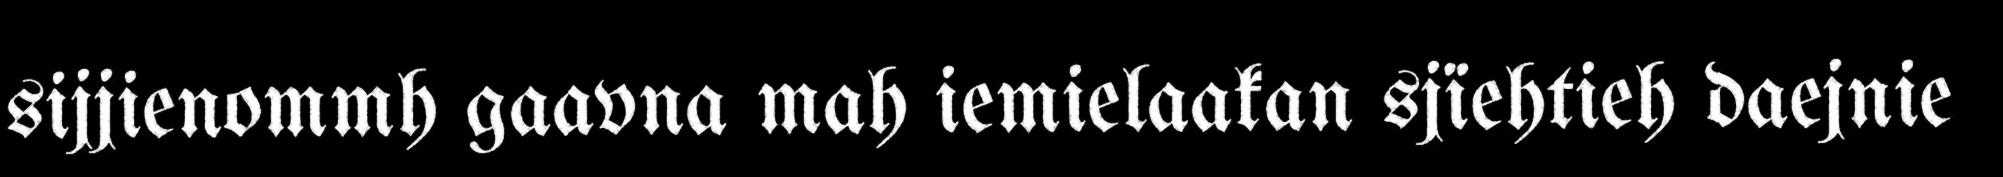
sijjienommh gaavna mah iemielaakan sjïehtieh daejnie